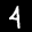
Label: 4